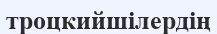
троцкийшілердің